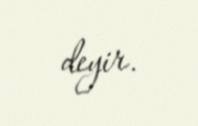
deyir.